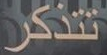
تتذكر